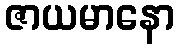
ဇာယမာနော